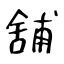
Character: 舖